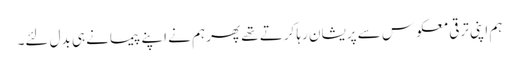
ہم اپنی ترقی معکوس سے پریشان رہا کرتے تھے پھر ہم نے اپنے پیمانے ہی بدل لئے۔